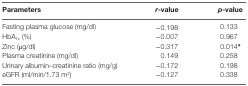
| Parameters | r-value | p-value |
 | --- | --- | --- |
 | Fasting plasma glucose (mg/dl) | −0.198 | 0.133 |
 | HbA1c (%) | −0.007 | 0.967 |
 | Zinc (μg/dl) | −0.317 | 0.014* |
 | Plasma creatinine (mg/dl) | 0.149 | 0.258 |
 | Urinary albumin–creatinine ratio (mg/g) | −0.172 | 0.198 |
 | eGFR (ml/min/1.73 m2) | −0.127 | 0.338 |